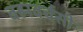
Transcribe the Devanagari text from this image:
बह्मवर्चसी